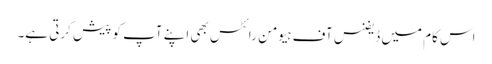
اس کام میں ڈیفنس آف ہیومن رائٹس بھی اپنے آپ کو پیش کرتی ہے۔